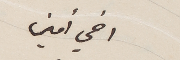
اخي أمين